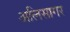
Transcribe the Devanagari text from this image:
अलिसागर